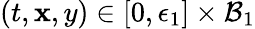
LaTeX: (t,\mathbf{x},y)\in[0,\epsilon_{1}]\times\mathcal{{B}}_{1}